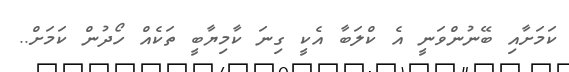
ކަމަށާއި ބޭނުންވަނީ އެ ކްލަބާ އެކީ ގިނަ ކާމިޔާބީ ތަކެއް ހޯދުން ކަމަށް..